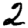
Digit: 2